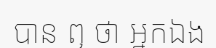
បាន ឮ ថា អ្នកឯង